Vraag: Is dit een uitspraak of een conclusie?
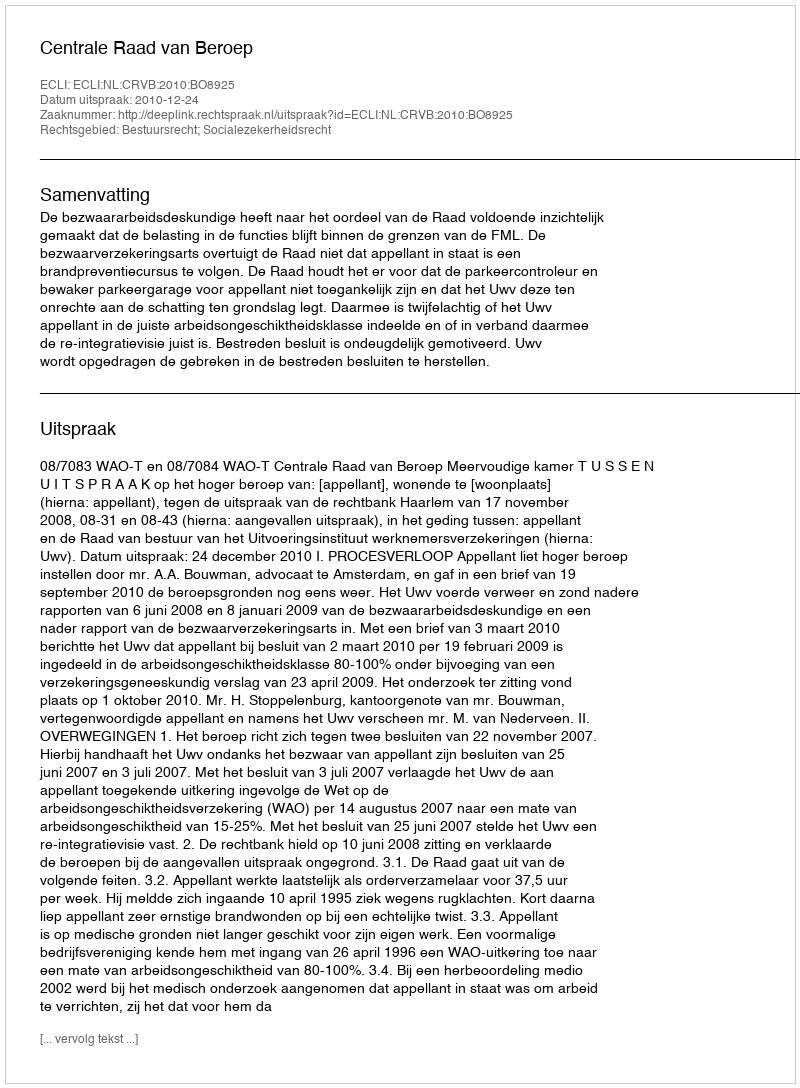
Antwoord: Uitspraak